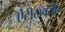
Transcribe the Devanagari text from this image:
ऐंटीटॉक्सीन